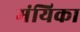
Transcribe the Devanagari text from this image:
मंयिका